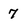
Character: 7